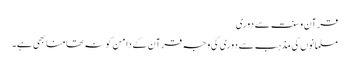
قرآن و سنت سے دوری
مسلمانوں کی مذہب سے دوری کی وجہ قرآن کے دامن کو نہ تھامنا بھی ہے۔